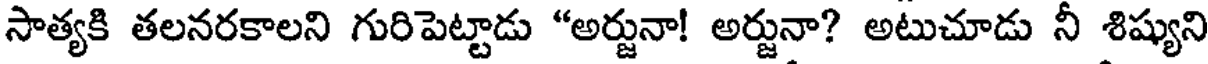
సాత్యకి తలనరకాలని గురిపెట్టాడు "అర్జునా! అర్జునా? అటుచూడు నీ శిష్యుని